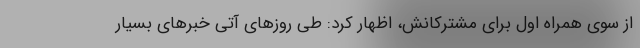
از سوی همراه اول برای مشترکانش، اظهار کرد: طی روزهای آتی خبرهای بسیار